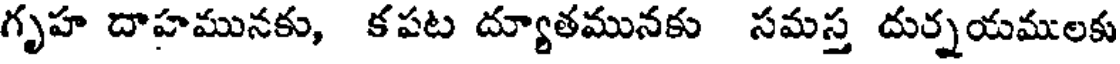
గృహ దాహమునకు, కపట ద్యూతమునకు సమస్త దుర్నయములకు